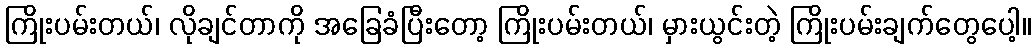
ကြိုးပမ်းတယ်၊ လိုချင်တာကို အခြေခံပြီးတော့ ကြိုးပမ်းတယ်၊ မှားယွင်းတဲ့ ကြိုးပမ်းချက်တွေပေါ့။